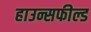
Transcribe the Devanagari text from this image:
हाउन्सफील्ड